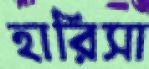
হারিসা